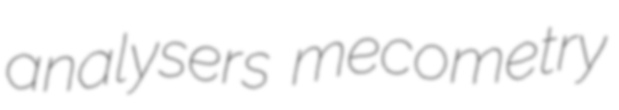
analysers mecometry